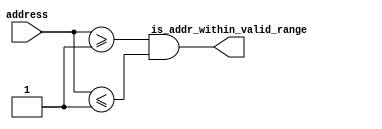
// (C) 2001-2016 Altera Corporation. All rights reserved.
// Your use of Altera Corporation's design tools, logic functions and other 
// software and tools, and its AMPP partner logic functions, and any output 
// files any of the foregoing (including device programming or simulation 
// files), and any associated documentation or information are expressly subject 
// to the terms and conditions of the Altera Program License Subscription 
// Agreement, Altera MegaCore Function License Agreement, or other applicable 
// license agreement, including, without limitation, that your use is for the 
// sole purpose of programming logic devices manufactured by Altera and sold by 
// Altera or its authorized distributors.  Please refer to the applicable 
// agreement for further details.


////////////////////////////////////////////////////////////////////
//
//  ALTERA_ONCHIP_FLASH_UTIL
//
//  Copyright (C) 1991-2013 Altera Corporation
//  Your use of Altera Corporation's design tools, logic functions 
//  and other software and tools, and its AMPP partner logic 
//  functions, and any output files from any of the foregoing 
//  (including device programming or simulation files), and any 
//  associated documentation or information are expressly subject 
//  to the terms and conditions of the Altera Program License 
//  Subscription Agreement, Altera MegaCore Function License 
//  Agreement, or other applicable license agreement, including, 
//  without limitation, that your use is for the sole purpose of 
//  programming logic devices manufactured by Altera and sold by 
//  Altera or its authorized distributors.  Please refer to the 
//  applicable agreement for further details.
//
////////////////////////////////////////////////////////////////////

// synthesis VERILOG_INPUT_VERSION VERILOG_2001

`timescale 1 ps / 1 ps

module altera_onchip_flash_address_range_check (
    address,
    is_addr_within_valid_range
);

    parameter FLASH_ADDR_WIDTH = 23;
    parameter MIN_VALID_ADDR = 1;
    parameter MAX_VALID_ADDR = 1;

    input [FLASH_ADDR_WIDTH-1:0] address;
    output is_addr_within_valid_range;
    
    assign is_addr_within_valid_range = (address >= MIN_VALID_ADDR) && (address <= MAX_VALID_ADDR);

endmodule


module altera_onchip_flash_address_write_protection_check (
    use_sector_addr,
    address,
    write_protection_mode,
    is_addr_writable
);

    parameter FLASH_ADDR_WIDTH = 23;
    parameter SECTOR1_START_ADDR = 1;
    parameter SECTOR1_END_ADDR = 1;
    parameter SECTOR2_START_ADDR = 1;
    parameter SECTOR2_END_ADDR = 1;
    parameter SECTOR3_START_ADDR = 1;
    parameter SECTOR3_END_ADDR = 1;
    parameter SECTOR4_START_ADDR = 1;
    parameter SECTOR4_END_ADDR = 1;
    parameter SECTOR5_START_ADDR = 1;
    parameter SECTOR5_END_ADDR = 1;
    parameter SECTOR_READ_PROTECTION_MODE = 5'b11111;

    input use_sector_addr;
    input [FLASH_ADDR_WIDTH-1:0] address;
    input [4:0] write_protection_mode;
    output is_addr_writable;

    wire is_sector1_addr;
    wire is_sector2_addr;
    wire is_sector3_addr;
    wire is_sector4_addr;
    wire is_sector5_addr;    
    wire is_sector1_writable;
    wire is_sector2_writable;
    wire is_sector3_writable;
    wire is_sector4_writable;
    wire is_sector5_writable;
    
    assign is_sector1_addr = (use_sector_addr) ? (address == 1) : ((address >= SECTOR1_START_ADDR) && (address <= SECTOR1_END_ADDR));
    assign is_sector2_addr = (use_sector_addr) ? (address == 2) : ((address >= SECTOR2_START_ADDR) && (address <= SECTOR2_END_ADDR));
    assign is_sector3_addr = (use_sector_addr) ? (address == 3) : ((address >= SECTOR3_START_ADDR) && (address <= SECTOR3_END_ADDR));
    assign is_sector4_addr = (use_sector_addr) ? (address == 4) : ((address >= SECTOR4_START_ADDR) && (address <= SECTOR4_END_ADDR));
    assign is_sector5_addr = (use_sector_addr) ? (address == 5) : ((address >= SECTOR5_START_ADDR) && (address <= SECTOR5_END_ADDR));
    assign is_sector1_writable = ~(write_protection_mode[0] || SECTOR_READ_PROTECTION_MODE[0]);
    assign is_sector2_writable = ~(write_protection_mode[1] || SECTOR_READ_PROTECTION_MODE[1]);
    assign is_sector3_writable = ~(write_protection_mode[2] || SECTOR_READ_PROTECTION_MODE[2]);
    assign is_sector4_writable = ~(write_protection_mode[3] || SECTOR_READ_PROTECTION_MODE[3]);
    assign is_sector5_writable = ~(write_protection_mode[4] || SECTOR_READ_PROTECTION_MODE[4]);
    assign is_addr_writable = ((is_sector1_writable && is_sector1_addr) ||
                               (is_sector2_writable && is_sector2_addr) ||
                               (is_sector3_writable && is_sector3_addr) ||
                               (is_sector4_writable && is_sector4_addr) ||
                               (is_sector5_writable && is_sector5_addr));

endmodule

module altera_onchip_flash_s_address_write_protection_check (
    address,
    is_sector1_writable,
    is_sector2_writable,
    is_sector3_writable,
    is_sector4_writable,
    is_sector5_writable,
    is_addr_writable
);

    input [2:0] address;
    input is_sector1_writable;
    input is_sector2_writable;
    input is_sector3_writable;
    input is_sector4_writable;
    input is_sector5_writable;
    output is_addr_writable;

    wire is_sector1_addr;
    wire is_sector2_addr;
    wire is_sector3_addr;
    wire is_sector4_addr;
    wire is_sector5_addr;

    assign is_sector1_addr = (address == 1);
    assign is_sector2_addr = (address == 2);
    assign is_sector3_addr = (address == 3);
    assign is_sector4_addr = (address == 4);
    assign is_sector5_addr = (address == 5);

    assign is_addr_writable = ((is_sector1_writable && is_sector1_addr) ||
                               (is_sector2_writable && is_sector2_addr) ||
                               (is_sector3_writable && is_sector3_addr) ||
                               (is_sector4_writable && is_sector4_addr) ||
                               (is_sector5_writable && is_sector5_addr));

endmodule

module altera_onchip_flash_a_address_write_protection_check (
    address,
    is_sector1_writable,
    is_sector2_writable,
    is_sector3_writable,
    is_sector4_writable,
    is_sector5_writable,
    is_addr_writable
);

    parameter FLASH_ADDR_WIDTH = 23;
    parameter SECTOR1_START_ADDR = 1;
    parameter SECTOR1_END_ADDR = 1;
    parameter SECTOR2_START_ADDR = 1;
    parameter SECTOR2_END_ADDR = 1;
    parameter SECTOR3_START_ADDR = 1;
    parameter SECTOR3_END_ADDR = 1;
    parameter SECTOR4_START_ADDR = 1;
    parameter SECTOR4_END_ADDR = 1;
    parameter SECTOR5_START_ADDR = 1;
    parameter SECTOR5_END_ADDR = 1;

    input [FLASH_ADDR_WIDTH-1:0] address;
    input is_sector1_writable;
    input is_sector2_writable;
    input is_sector3_writable;
    input is_sector4_writable;
    input is_sector5_writable;
    output is_addr_writable;

    wire is_sector1_addr;
    wire is_sector2_addr;
    wire is_sector3_addr;
    wire is_sector4_addr;
    wire is_sector5_addr;

    assign is_sector1_addr = ((address >= SECTOR1_START_ADDR) && (address <= SECTOR1_END_ADDR));
    assign is_sector2_addr = ((address >= SECTOR2_START_ADDR) && (address <= SECTOR2_END_ADDR));
    assign is_sector3_addr = ((address >= SECTOR3_START_ADDR) && (address <= SECTOR3_END_ADDR));
    assign is_sector4_addr = ((address >= SECTOR4_START_ADDR) && (address <= SECTOR4_END_ADDR));
    assign is_sector5_addr = ((address >= SECTOR5_START_ADDR) && (address <= SECTOR5_END_ADDR));

    assign is_addr_writable = ((is_sector1_writable && is_sector1_addr) ||
                               (is_sector2_writable && is_sector2_addr) ||
                               (is_sector3_writable && is_sector3_addr) ||
                               (is_sector4_writable && is_sector4_addr) ||
                               (is_sector5_writable && is_sector5_addr));

endmodule

module altera_onchip_flash_convert_address (
    address,
    flash_addr
);

    parameter FLASH_ADDR_WIDTH = 23;
    parameter ADDR_RANGE1_END_ADDR = 1;
    parameter ADDR_RANGE1_OFFSET = 1;
    parameter ADDR_RANGE2_OFFSET = 1;

    input [FLASH_ADDR_WIDTH-1:0] address;
    output [FLASH_ADDR_WIDTH-1:0] flash_addr;

    assign flash_addr = (address <= ADDR_RANGE1_END_ADDR[FLASH_ADDR_WIDTH-1:0]) ? 
        (address + ADDR_RANGE1_OFFSET[FLASH_ADDR_WIDTH-1:0]) : 
        (address + ADDR_RANGE2_OFFSET[FLASH_ADDR_WIDTH-1:0]);
    
endmodule


module altera_onchip_flash_convert_sector (
    sector,
    flash_sector
);

    parameter SECTOR1_MAP = 1;
    parameter SECTOR2_MAP = 1;
    parameter SECTOR3_MAP = 1;
    parameter SECTOR4_MAP = 1;
    parameter SECTOR5_MAP = 1;

    input [2:0] sector;
    output [2:0] flash_sector;

    assign flash_sector = 
        (sector == 1) ? SECTOR1_MAP[2:0] :
        (sector == 2) ? SECTOR2_MAP[2:0] :
        (sector == 3) ? SECTOR3_MAP[2:0] :
        (sector == 4) ? SECTOR4_MAP[2:0] :
        (sector == 5) ? SECTOR5_MAP[2:0] :
        3'd0; // Set to 0 for invalid sector ID

endmodule


module altera_onchip_flash_counter (
    clock,
    reset,
    count
);
    input clock;
    input reset;
    output [4:0] count;
    
    reg [4:0] count_reg;
    
    assign count = count_reg;

    initial begin
        count_reg = 0;
    end
    
    always @ (posedge reset or posedge clock) begin
        if (reset) begin
            count_reg <= 0;
        end
        else begin
            count_reg <= count_reg + 5'd1;
        end
    end

endmodule